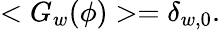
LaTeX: <G_{w}(\phi)>=\delta_{w,0}.